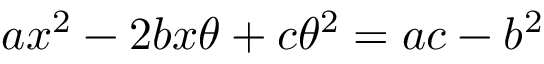
a x ^ { 2 } - 2 b x \theta + c \theta ^ { 2 } = a c - b ^ { 2 }